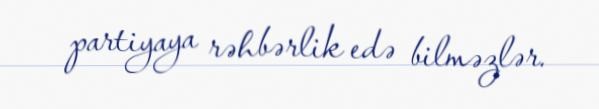
partiyaya rəhbərlik edə bilməzlər.